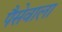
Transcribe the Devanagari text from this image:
पैसेवाला